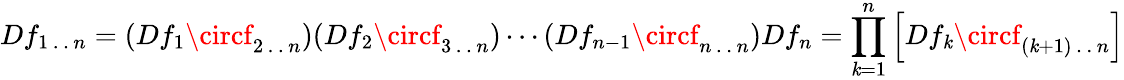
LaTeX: Df_{1\, .\, .\, n}=(Df_{1}\circf_{2\, .\, .\, n})(Df_{2}\circf_{3\, .\, .\, n})\cdots(Df_{n-1}\circf_{n\, .\, .\, n})Df_{n}=\prod_{\mathit{k}=1}^{n}\left[Df_{\mathit{k}}\circf_{(\mathit{k}+1)\, .\, .\, n}\right]